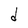
Character: d